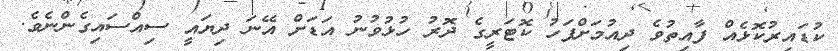
ކުޑައިރުކޮޅެއް ފާއިތުވެ ދިއުމަށްފަހު ކޮޓަރީގެ ދޮރު ހުޅުވުނު އަޑަށް އޭނަ ދިޔައީ ސިއްސައިގެންނެވެ.